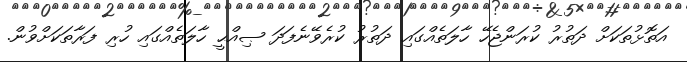
އަތޮޅުތަކަށް ދަތުރު ކުރަންޖެހޭ ހާލަތެއްގައި ދަތުރު ކުރެވޭނެފަދަ ޞިއްޙީ ހާލަތެއްގައި ހުރި ފަރާތަކަށްވުން.